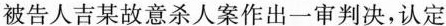
被告人吉某故意杀人案作出一审判决，认定